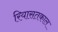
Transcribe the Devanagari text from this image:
रियासतकाल